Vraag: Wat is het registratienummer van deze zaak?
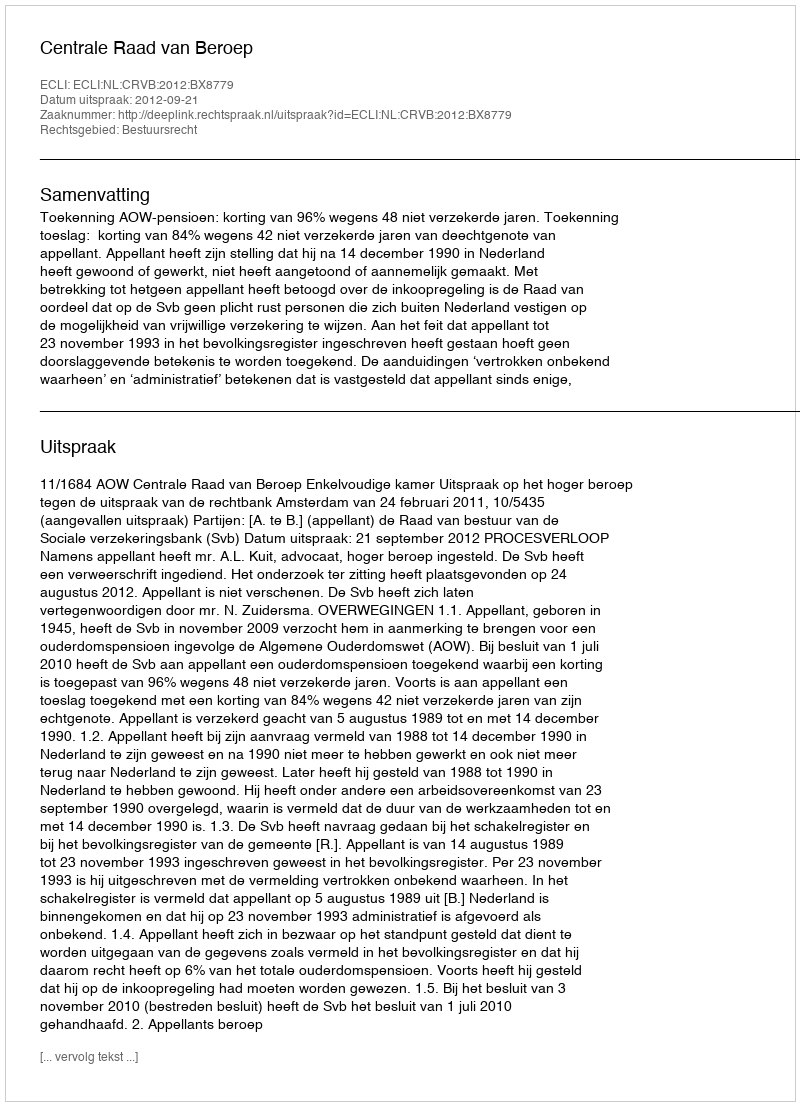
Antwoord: http://deeplink.rechtspraak.nl/uitspraak?id=ECLI:NL:CRVB:2012:BX8779